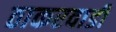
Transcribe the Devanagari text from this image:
ठाकरवाडी